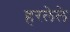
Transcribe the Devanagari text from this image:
हरलेले